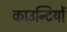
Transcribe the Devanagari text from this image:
काउन्टियों